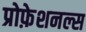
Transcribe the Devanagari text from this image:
प्रोफ़ेशनल्स